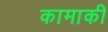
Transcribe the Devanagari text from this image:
कामाकी